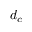
d _ { c }